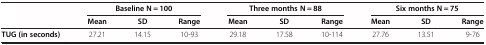
<table><thead><tr><td>[EMPTY_CELL]</td><td colspan="3"><b>Baseline N = 100</b></td><td colspan="3"><b>Three months N = 88</b></td><td colspan="3"><b>Six months N = 75</b></td></tr><tr><td>[EMPTY_CELL]</td><td><b>Mean</b></td><td><b>SD</b></td><td><b>Range</b></td><td><b>Mean</b></td><td><b>SD</b></td><td><b>Range</b></td><td><b>Mean</b></td><td><b>SD</b></td><td><b>Range</b></td></tr></thead><tbody><tr><td><b>TUG (in seconds)</b></td><td>27.21</td><td>14.15</td><td>10-93</td><td>29.18</td><td>17.58</td><td>10-114</td><td>27.76</td><td>13.51</td><td>9-76</td></tr></tbody></table>